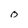
Character: o